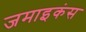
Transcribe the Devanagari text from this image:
जमाइकंस